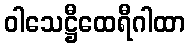
ဝါသေဋ္ဌီထေရီဂါထာ